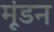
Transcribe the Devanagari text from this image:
मूंडन